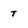
Character: t